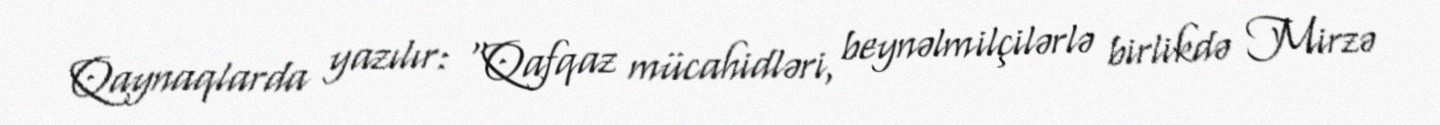
Qaynaqlarda yazılır: “Qafqaz mücahidləri, beynəlmilçilərlə birlikdə Mirzə